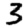
Digit: 3